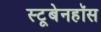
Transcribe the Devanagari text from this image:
स्टूबेनहॉस